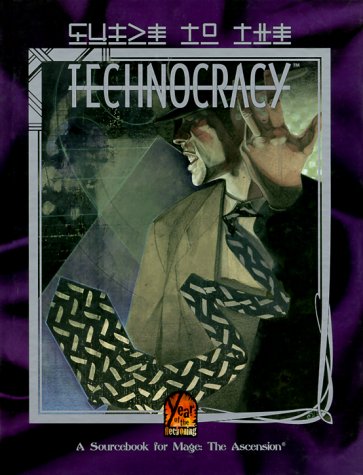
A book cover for Guide to the Technocracy (Mage: The Ascension); Phil Brucato; Science Fiction & Fantasy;